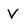
Character: V